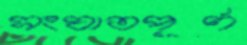
সংঘাতপূর্ণ